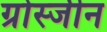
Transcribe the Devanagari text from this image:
ग्रोस्जीन